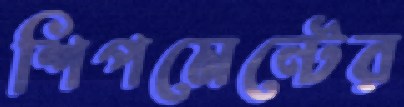
শিপমেন্টের